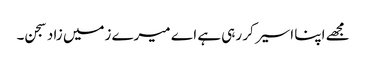
مجھے اپنا اسیر کر رہی ہے اے میرے زمیں زاد سجن۔